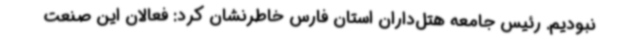
نبودیم. رئیس جامعه هتل‌داران استان فارس خاطرنشان کرد: فعالان این صنعت